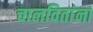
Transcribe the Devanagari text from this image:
चालवितांना